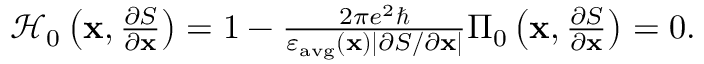
\begin{array} { r } { \mathcal { H } _ { 0 } \left( \mathbf { x } , \frac { \partial S } { \partial \mathbf { x } } \right) = 1 - \frac { 2 \pi e ^ { 2 } \hbar } { \varepsilon _ { \mathrm { a v g } } ( \mathbf { x } ) | { \partial S / \partial \mathbf { x } } | } \Pi _ { 0 } \left( \mathbf { x } , \frac { \partial S } { \partial \mathbf { x } } \right) = 0 . } \end{array}